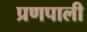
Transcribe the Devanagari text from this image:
प्रणपाली